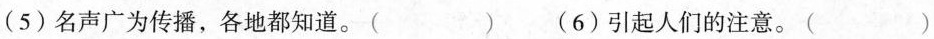
(5)名声广为传播，各地都知道。() (6)引起人们的注意。()